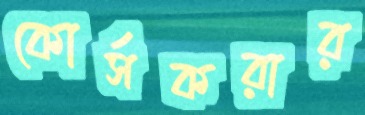
কোর্সকরার